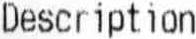
DESCRIPTION